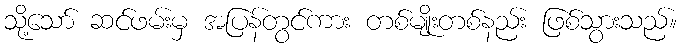
သို့သော် ဆင်ဖမ်းမှ အပြန်တွင်ကား တစ်မျိုးတစ်နည်း ဖြစ်သွားသည်။